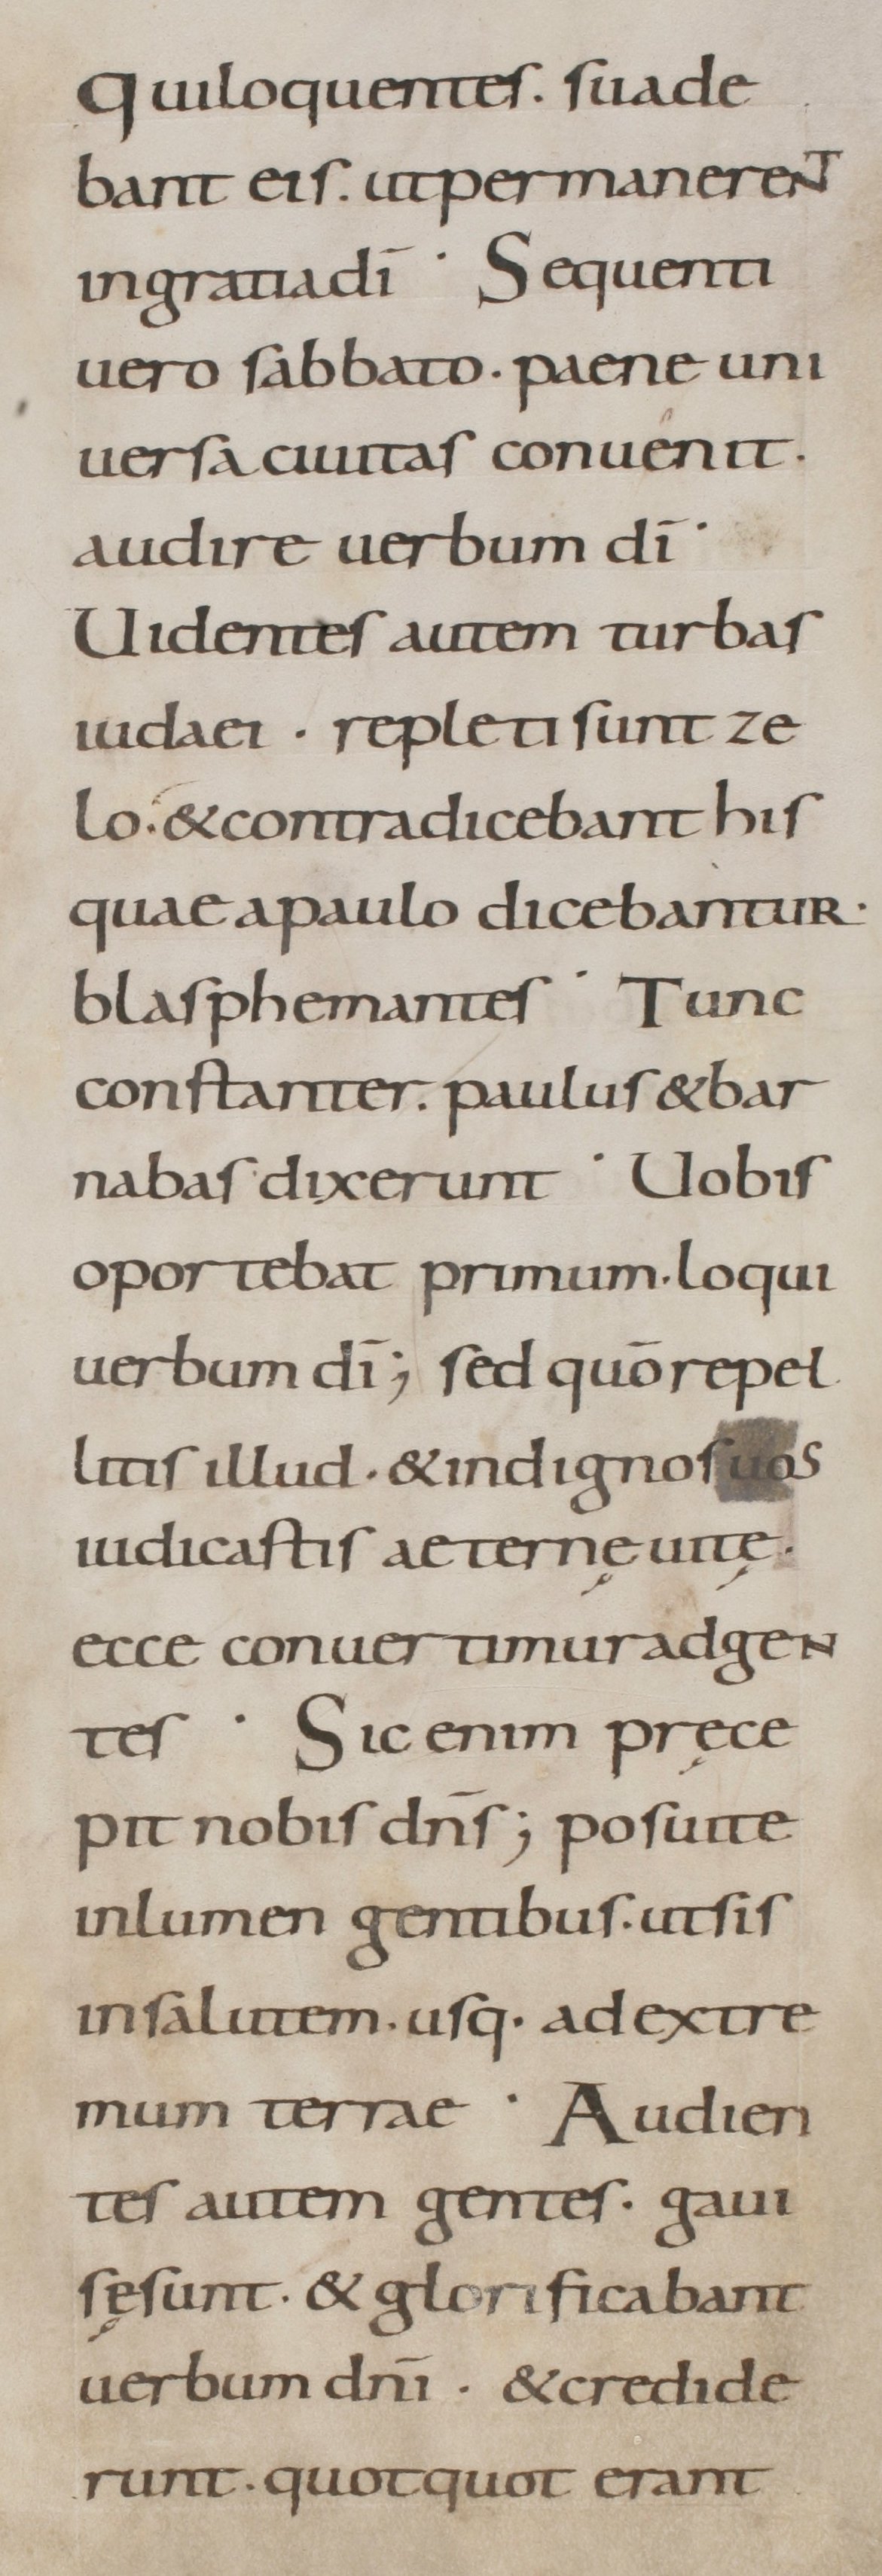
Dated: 800–899